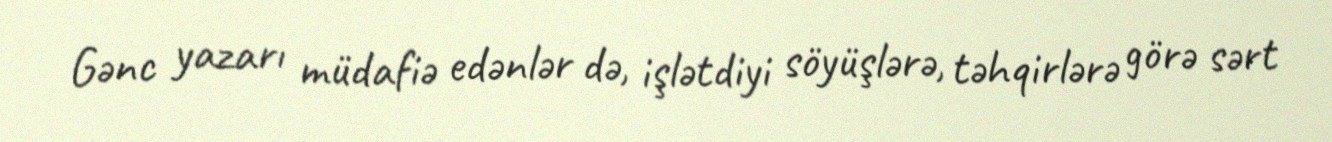
Gənc yazarı müdafiə edənlər də, işlətdiyi söyüşlərə, təhqirlərə görə sərt